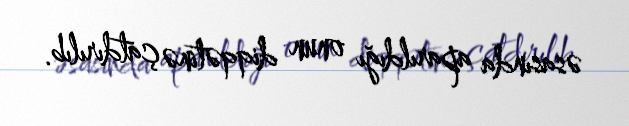
əsasında aparıldığı onun diqqətinə çatdırılıb.